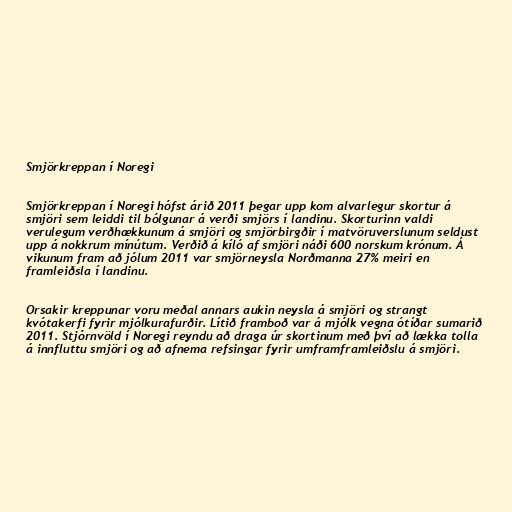
Smjörkreppan í Noregi

Smjörkreppan í Noregi hófst árið 2011 þegar upp kom alvarlegur skortur á
smjöri sem leiddi til bólgunar á verði smjörs í landinu. Skorturinn valdi
verulegum verðhækkunum á smjöri og smjörbirgðir í matvöruverslunum seldust
upp á nokkrum mínútum. Verðið á kíló af smjöri náði 600 norskum krónum. Á
vikunum fram að jólum 2011 var smjörneysla Norðmanna 27% meiri en
framleiðsla í landinu.

Orsakir kreppunar voru meðal annars aukin neysla á smjöri og strangt
kvótakerfi fyrir mjólkurafurðir. Lítið framboð var á mjólk vegna ótíðar sumarið
2011. Stjórnvöld í Noregi reyndu að draga úr skortinum með því að lækka tolla
á innfluttu smjöri og að afnema refsingar fyrir umframframleiðslu á smjöri.